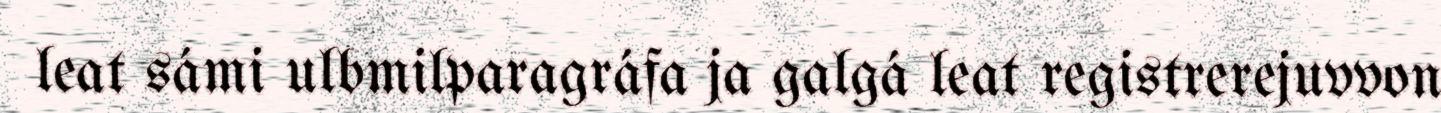
leat sámi ulbmilparagráfa ja galgá leat registrerejuvvon